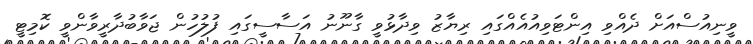
ވީނިއުސްއަށް ދެއްވި އިންޓަވިއުއެއްގައި ރިޔާޒު ވިދާޅުވީ ގާނޫނު އަސާސީގައި ފުލުހުން ޖަވާބުދާރީވާންވީ ކޮމިޓީ